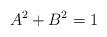
LaTeX: \begin{align*}A^2+B^2=1\end{align*}